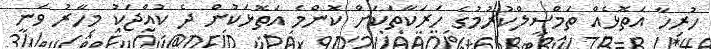
ހުރިހާ އަތޮޅެއް ތަމްސީލްކުރުމުގެ ހަރަކާތަކަށް ކޮންމެ އަތޮޅަކުން ދެ ކުއްޖަކު މިހާރު ވަނީ